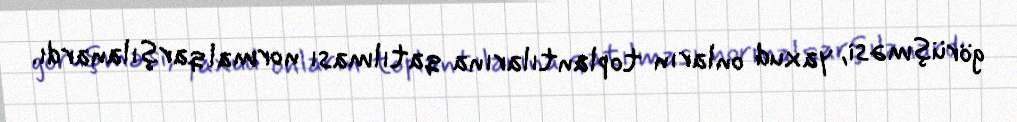
görüşməsi, yaxud onların toplantılarına qatılması normal qarşılanardı.